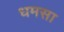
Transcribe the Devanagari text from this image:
धमसा